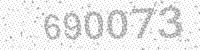
Solution: 690073